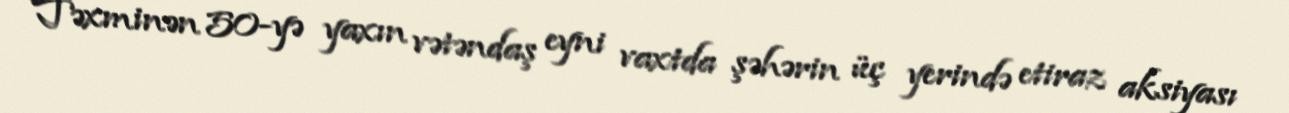
Təxminən 50-yə yaxın vətəndaş eyni vaxtda şəhərin üç yerində etiraz aksiyası